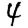
Digit: 4